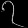
Digit: ၇